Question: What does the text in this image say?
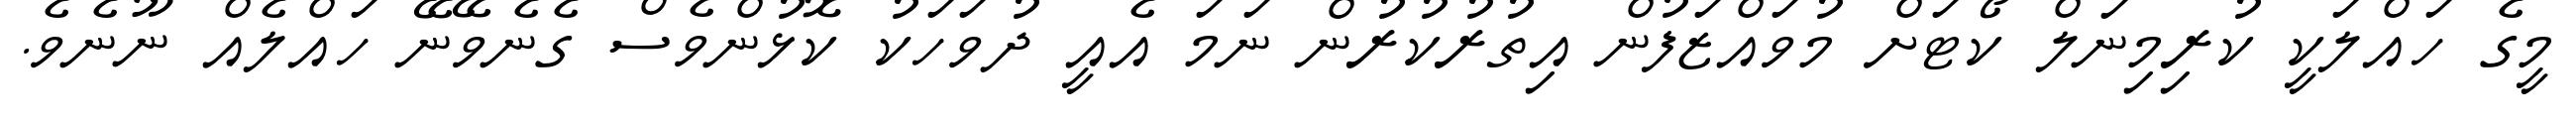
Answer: މީގެ ހައްލަކީ ކުރިމިނަލް ކޯޓަށް މުވައްޒަފުން އިތުރުކުރުން ނަމަ އެއީ ދުވަހަކު ކޮޅުންވެސް ގެނެވޭނޭ ހައްލެއް ނޫނެވެ.